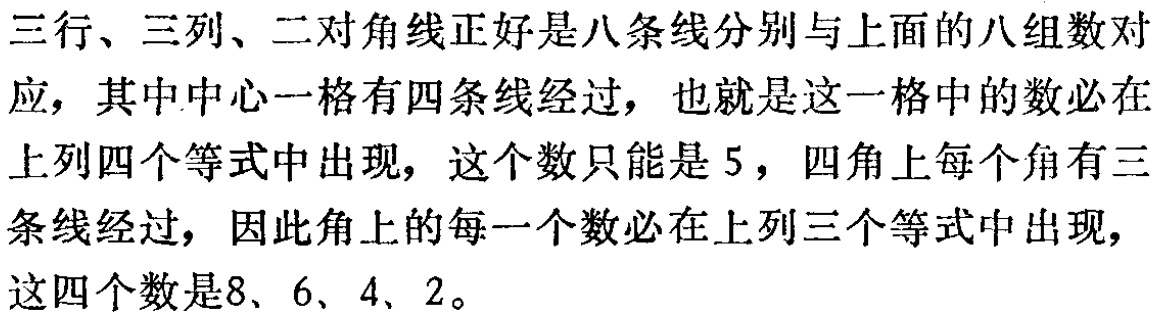
三行、三列、二对角线正好是八条线分别与上面的八组数对

应，其中中心一格有四条线经过，也就是这一格中的数必在

上列四个等式中出现，这个数只能是 5，四角上每个角有三

条线经过，因此角上的每一个数必在上列三个等式中出现，

这四个数是8、6、4、2。